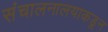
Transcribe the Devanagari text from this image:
संचालनालयाकडून